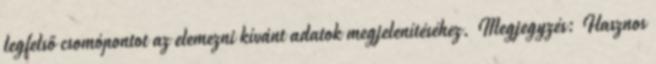
legfelső csomópontot az elemezni kívánt adatok megjelenítéséhez. Megjegyzés: Hasznos